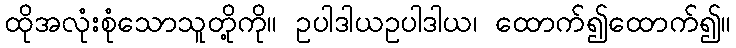
ထိုအလုံးစုံသောသူတို့ကို။ ဥပါဒါယဥပါဒါယ၊ ထောက်၍ထောက်၍။